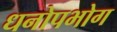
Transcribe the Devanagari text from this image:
धनोपभोग